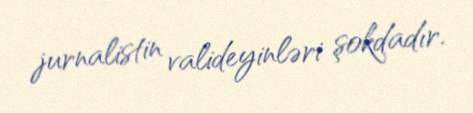
jurnalistin valideyinləri şokdadır.